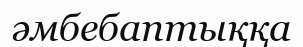
әмбебаптыққа